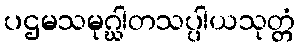
ပဌမသမုဂ္ဃါတသပ္ပါယသုတ္တံ